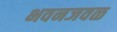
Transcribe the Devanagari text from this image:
भवनजवळ